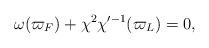
LaTeX: \begin{align*}\omega(\varpi_F)+\chi^2\chi'^{-1}(\varpi_L)=0,\end{align*}